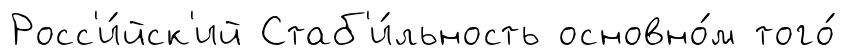
Росс'и́йск'ий Стаб'и́льность основно́м того́